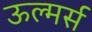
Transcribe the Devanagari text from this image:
ऊल्मर्स